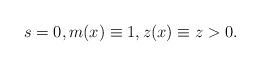
\begin{align*}s=0, m(x)\equiv 1, z(x)\equiv z>0.\end{align*}